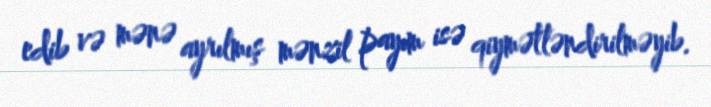
edib və mənə ayrılmış mənzil payım isə qiymətləndirilməyib.